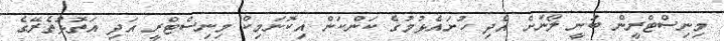
މިނިސްޓްރީން ބުނީ ލޯނަށް އެދި ހުށައެޅުމުގެ ކަންކަން އިކޮނަމިކް މިނިސްޓްރީ އަދި އަތޮޅުތެރޭގެ